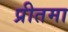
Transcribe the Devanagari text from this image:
प्रीतमा